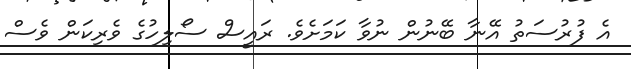
އެ ފުރުސަތު އޭނާ ބޭނުން ނުވާ ކަމަށެވެ. ރައީސް ސޯލިހުގެ ވެރިކަން ވެސް